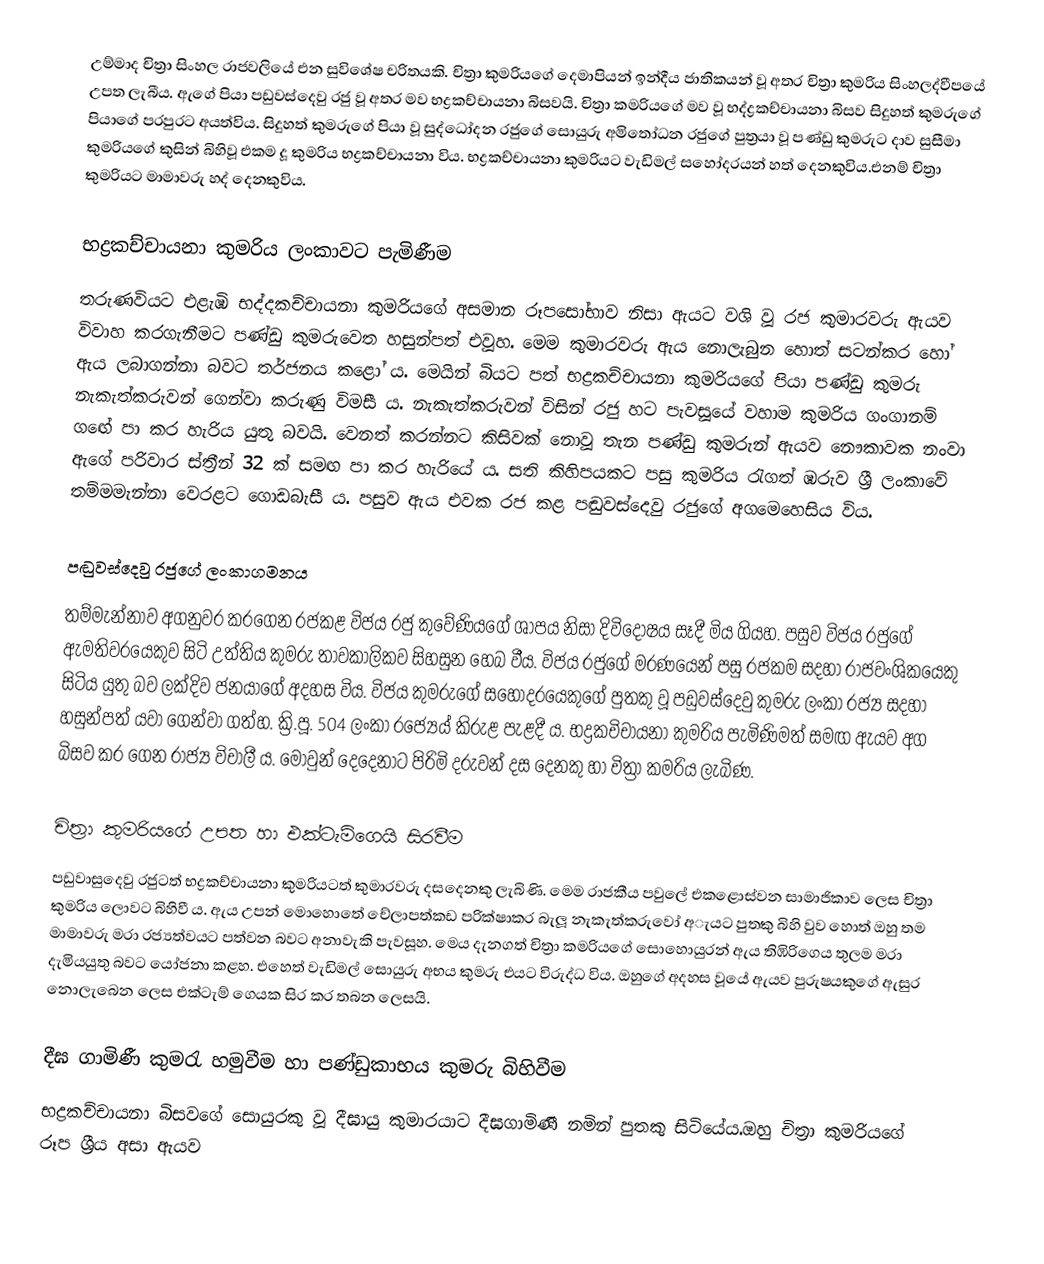
උම්මාද චිත්‍රා සිංහල රාජවලියේ එන සුවිශේෂ චරිතයකි. චිත්‍රා කුමරියගේ දෙමාපියන් ඉන්දීය ජාතිකයන් වූ අතර චිත්‍රා කුමරිය සිංහලද්වීපයේ උපත ලැබීය. ඇගේ පියා පඩුවස්දෙවු රජු වූ අතර මව භද්‍රකච්චායනා බිසවයි. චිත්‍රා කමරියගේ මව වූ භද්ද්‍රකච්චායනා බිසව සිදුහත් කුමරුගේ පියාගේ පරපුරට අයත්විය. සිදුහත් කුමරුගේ පියා වූ සුද්ධෝදන රජුගේ සොයුරු අමිතෝධන රජුගේ පුත්‍රයා වූ පණ්ඩු කුමරුට දාව සුසීමා කුමරියගේ කුසින් බිහිවූ එකම දූ කුමරිය භද්‍රකච්චායනා විය. භද්‍රකච්චායනා කුමරියට වැඩිමල් සහෝදරයන් හත් දෙනකුවිය.එනම් චිත්‍රා කුමරියට මාමාවරු හද් දෙනකුවිය.

භද්‍රකච්චායනා කුමරිය ලංකාවට පැමිණීම
තරුණවියට එළැඹි භද්දකච්චායනා කුමරියගේ අසමාන රූපසෝභාව නිසා ඇයට වශි වූ රජ කුමාරවරු ඇයව විවාහ කරගැනීමට පණ්ඩු කුමරුවෙත හසුන්පත් එවූහ. මෙම කුමාරවරු ඇය නොලැබුන හොත් සටන්කර හෝ ඇය ලබාගන්නා බවට තර්ජනය කළෝ ය. මෙයින් බියට පත් භද්‍රකච්චායනා කුමරියගේ පියා පණ්ඩු කුමරු නැකැත්කරුවන් ගෙන්වා කරුණු විමසී ය. නැකැත්කරුවන් විසින් රජු හට පැවසූයේ වහාම කුමරිය ගංගානම් ගඟේ පා කර හැරිය යුතු බවයි. වෙනත් කරන්නට කිසිවක් නොවූ තැන පණ්ඩු කුමරුන් ඇයව නෞකාවක නංවා ඇගේ පරිවාර ස්ත්‍රීන් 32 ක් සමඟ පා කර හැරියේ ය. සති කිහිපයකට පසු කුමරිය රැගත් ඹරුව ශ්‍රී ලංකාවේ තම්මමැන්නා වෙරළට ගොඩබැසී ය. පසුව ඇය එවක රජ කළ පඬුවස්දෙවු රජුගේ අගමෙහෙසිය විය.

පඬුවස්දෙවු රජුගේ ලංකාගමනය
තම්මැන්නාව අගනුවර කරගෙන රජකළ විජය රජු කුවේණියගේ ශාපය නිසා දිවිදෝෂය සෑදී මිය ගියහ. පසුව විජය රජුගේ ඇමතිවරයෙකුව සිටි උත්තිය කුමරු තාවකාලිකව සිහසුන හෙබ වීය. විජය රජුගේ මරණයෙන් පසු රජකම සදහා රාජවංශිකයෙකු සිටිය යුතු බව ලක්දිව ජනයාගේ අදහස විය. විජය කුමරුගේ සහෝදරයෙකුගේ පුතකු වූ පඩුවස්දෙවු කුමරු ලංකා රජ්‍ය සදහා හසුන්පත් යවා ගෙන්වා ගත්හ. ක්‍රි.පූ. 504 ලංකා රජ්‍යෙය් කිරුළ පැළදී ය. භද්‍රකචිචායනා කුමරිය පැමිණිමත් සමඟ ඇයව අග බිසව කර ගෙන රාජ්‍ය විචාලී ය. මොවුන් දෙදෙනාට පිරිමි දරුවන් දස දෙනකු හා චිත්‍රා කමරිය ලැබිණ.

චිත්‍රා කුමරියගේ උපත හා එක්ටැම්ගෙයි සිරවීම
පඩුවාසුදෙවු රජුටත් භද්‍රකච්චායනා කුමරියටත් කුමාරවරු දසදෙනකු ලැබිණි. මෙම රාජකීය පවුලේ එකළොස්වන සාමාජිකාව ලෙස චිත්‍රා කුමරිය ලොවට බිහිවී ය. ඇය උපන් මොහොතේ චේලාපත්කඩ පරික්ෂාකර බැලූ නැකැත්කරුවෝ අැයට පුතකු බිහි වුව හොත් ඔහු තම මාමාවරු මරා රජ්‍යත්වයට පත්වන බවට අනාවැකි පැවසූහ. මෙය දැනගත් චිත්‍රා කමරියගේ සොහොයුරන් ඇය තිඹිරිගෙය තුලම මරා දැමියයුතු බවට යෝජනා කළහ. එහෙත් වැඩිමල් සොයුරු අභය කුමරු එයට විරුද්ධ විය. ඔහුගේ අදහස වූයේ ඇයව පුරුෂයකුගේ ඇසුර නොලැබෙන ලෙස එක්ටැම් ගෙයක සිර කර තබන ලෙසයි.

දීඝ ගාමිණී කුමරැ හමුවීම හා පණ්ඩුකාභය කුමරු බිහිවීම
භද්‍රකච්චායනා බිසවගේ සොයුරකු වූ දීඝායු කුමාරයාට දීඝගාමිණී නමින් පුතකු සිටියේය.ඔහු චිත්‍රා කුමරියගේ රූප ශ්‍රීය අසා ඇයව